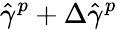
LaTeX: \hat{\gamma}^{p}+\Delta\hat{\gamma}^{p}